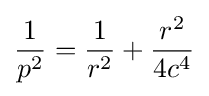
{\frac {1}{p^{2}}}={\frac {1}{r^{2}}}+{\frac {r^{2}}{4c^{4}}}